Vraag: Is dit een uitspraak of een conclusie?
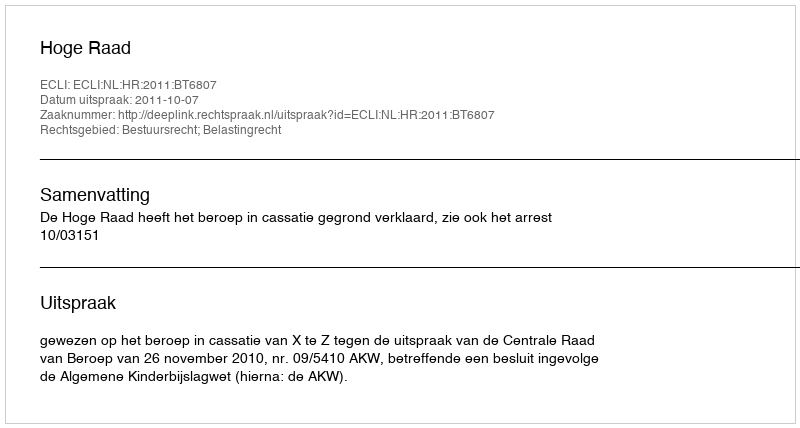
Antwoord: Uitspraak